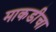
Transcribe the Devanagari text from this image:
माकडीचा